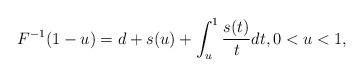
LaTeX: \begin{align*}F^{-1}(1-u)=d+s(u)+\int_{u}^{1}\frac{s(t)}{t}dt,0<u<1, \end{align*}